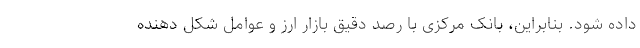
داده شود. بنابراین، بانک مرکزی با رصد دقیق بازار ارز و عوامل شکل دهنده